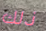
ذلك